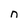
Character: n